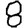
Digit: 8